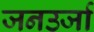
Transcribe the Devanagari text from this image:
जनउर्जा